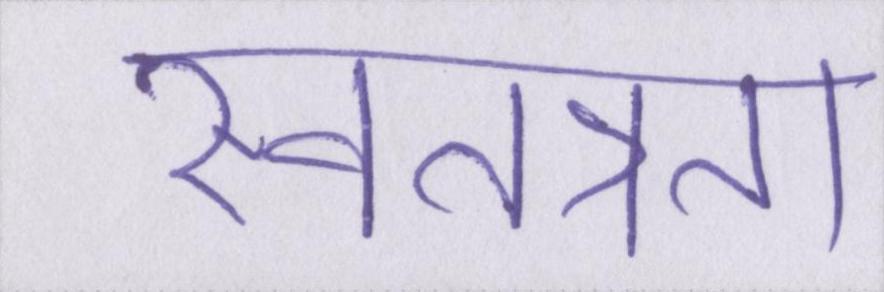
स्वतत्रता